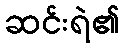
ဆင်းရဲ၏